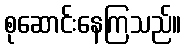
စုဆောင်းနေကြသည်။